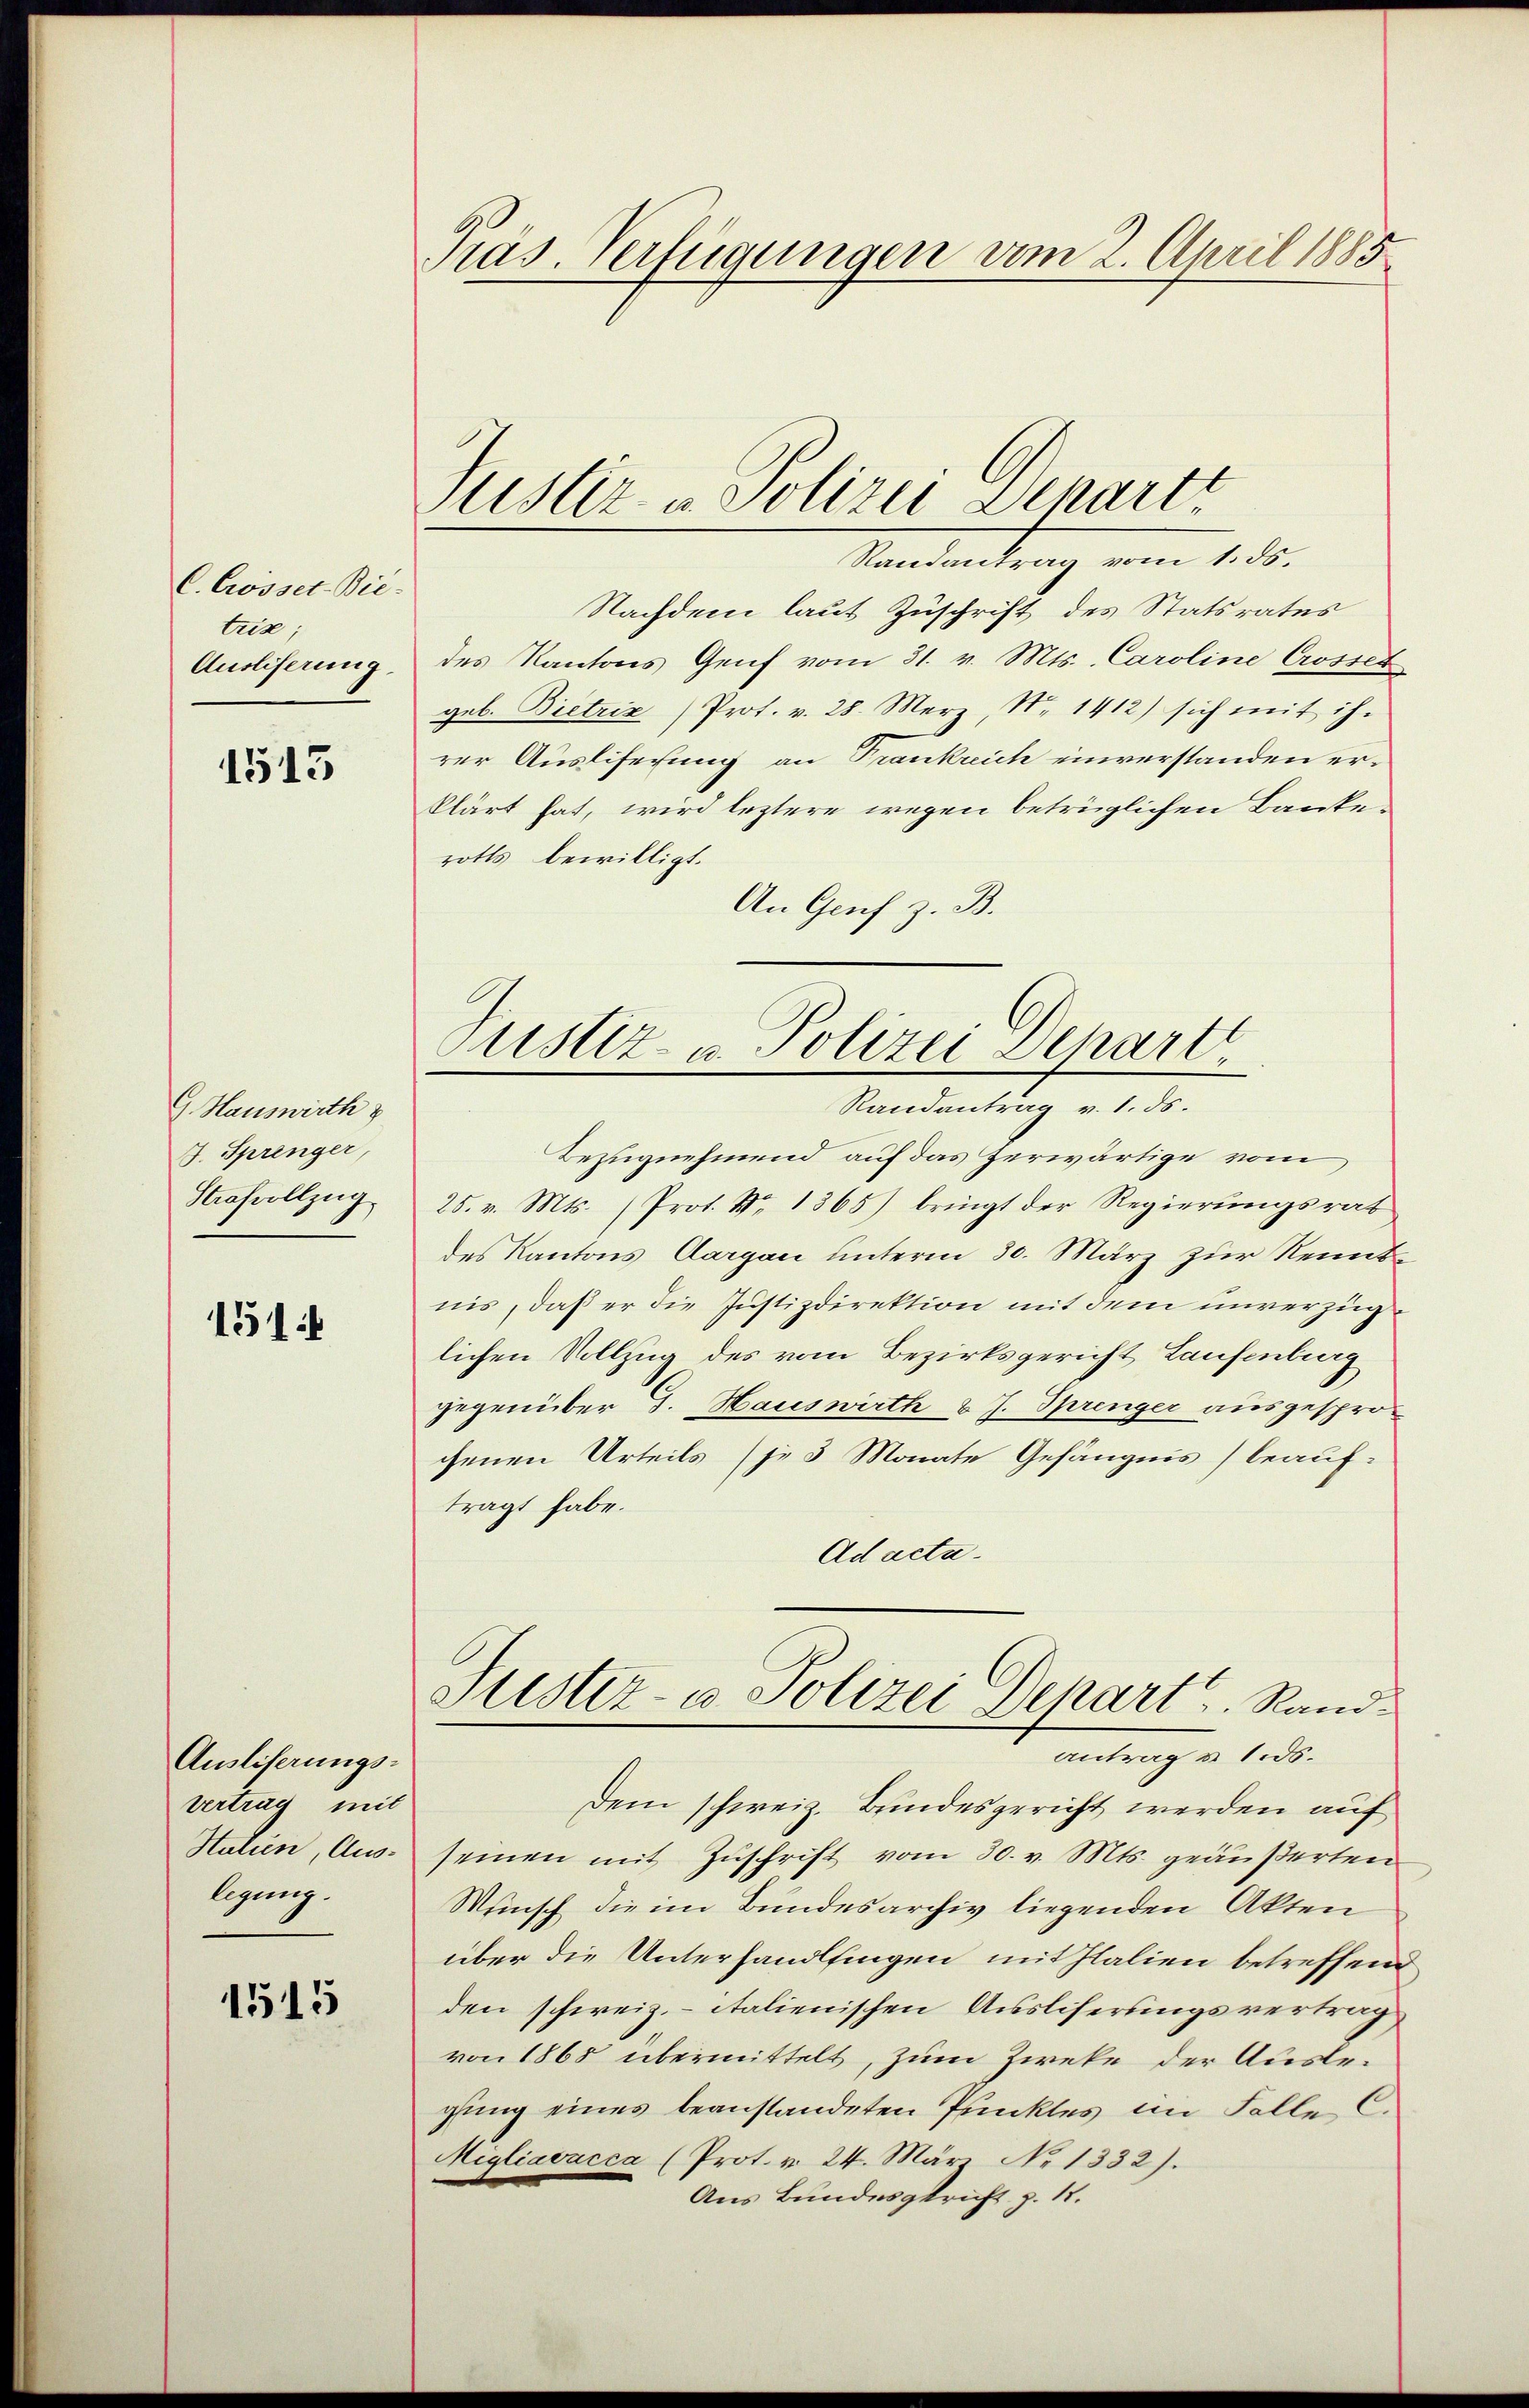
C. Crosset. Bie-
triz;
Ausliserung.

1515

G. Hauswirth &
J. Springer,
Strafvollzug

1511

Ausliserungs-
vertrag mit
Stulien, Aus-
legung.

1515

Präs. Verfügungen vom 2. April 1885

Justiz- u. Polizei Schart

Randantrag vom 1. ds.
Nachdem laut Zuschrift des Statsrates
des Kantons Genf vom 31. v. Mts. Caroline Crosset
geb. Bietriz (Prot. v. 28. Merz, N. 1412) sich mit ih-
rer Ausliserung an Frankreich einverstanden erklärt hat, wird leztere wegen betrüglichen Bankerotts bewilligt.
An Genf z. B.

Justiz- u. Polizei Depart
Randantrag v. 1. ds.

Bezugnehmend auf das Zerwärtige vom
25. v. Mts. (Prot. No 1365) bringt der Regierungsrat
des Kantons Aargau unterm 30. März zur Kenntnis, daß er die Justizdirektion mit dem unverzüglichen Vollzug des vom Bezirksgericht Laufenburg
gegenüber G. Hauswirth v. J. Springer ausgespro-
chenen Urteils (je 3 Monate Gefängnis beauf-
tragt habe.
Ad acta.
Justiz- u. Polizei Depart. Rand¬
Antrag v. 1. ds.
Dem schweiz. Bundesgericht werden auf
seinen mit Zuschrift vom 30. v. Mts. geäußerten
Wunsch die im Bundesarchiv liegenden Akten
über die Unterhandlfingen mit Italien betreffend
den schweiz.- italienischen Ausliserungsvertrag
von 1865 übermittelt, zum Zweke der Auslegung eines beanstandeten Punktes im Falle C.
Migliavacca (Prot. v. 24. März No 1332).
Aus Bundesgericht p. 1.